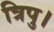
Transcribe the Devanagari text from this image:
त्रिपु।